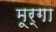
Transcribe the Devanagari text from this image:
मूर्गा